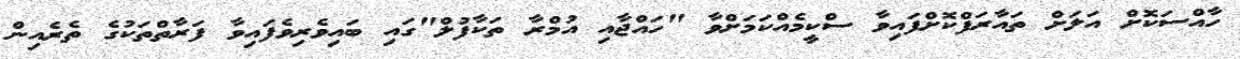
ހާއްސަކޮށް އަލަށް ތައާރަފްކޮށްފައިވާ ސްކީމެއްކަމަށްވާ "ހައްޖާއި އުމްރާ ތަކާފުލް"ގައި ބައިވެރިވެފައިވާ ފަރާތްތަކުގެ ތެރެއިން